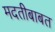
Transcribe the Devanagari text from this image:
मदतीबाबत